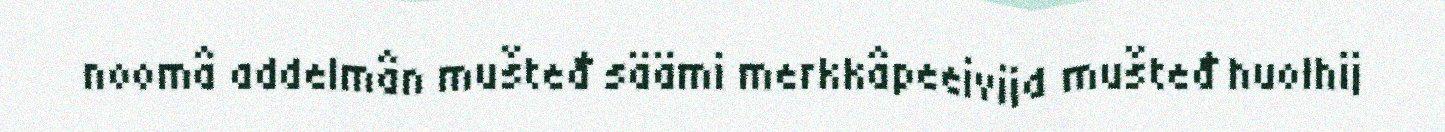
noomâ addelmân mušteđ säämi merkkâpeeivijd mušteđ huolhij